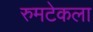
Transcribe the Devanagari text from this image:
रुमटेकला